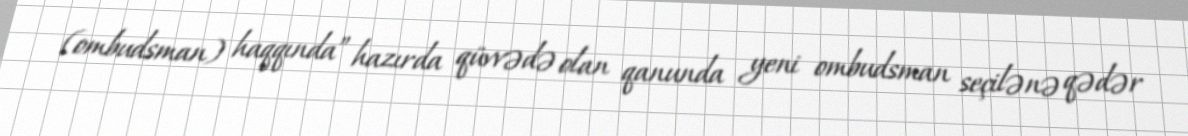
(ombudsman) haqqında” hazırda qüvvədə olan qanunda yeni ombudsman seçilənə qədər